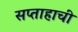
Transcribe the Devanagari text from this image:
सप्ताहाची